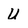
Character: U